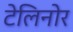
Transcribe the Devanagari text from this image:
टेलिनोर